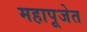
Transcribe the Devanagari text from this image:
महापूजेत